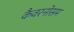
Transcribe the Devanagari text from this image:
कैवरनोसम